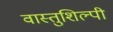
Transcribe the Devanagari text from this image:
वास्‍तुशिल्‍पी